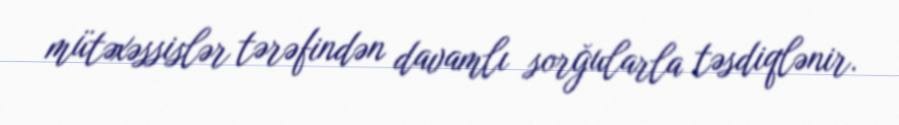
mütəxəssislər tərəfindən davamlı sorğularla təsdiqlənir.